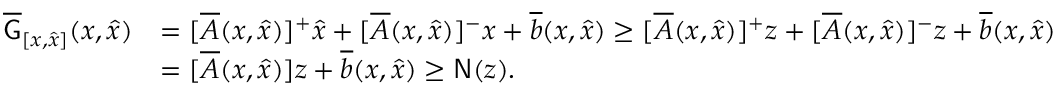
\begin{array} { r l } { \overline { { \mathsf { G } } } _ { [ x , \widehat { x } ] } ( x , \widehat { x } ) } & { = [ \overline { { A } } ( x , \widehat { x } ) ] ^ { + } \widehat { x } + [ \overline { { A } } ( x , \widehat { x } ) ] ^ { - } x + \overline { { b } } ( x , \widehat { x } ) \ge [ \overline { { A } } ( x , \widehat { x } ) ] ^ { + } z + [ \overline { { A } } ( x , \widehat { x } ) ] ^ { - } z + \overline { { b } } ( x , \widehat { x } ) } \\ & { = [ \overline { { A } } ( x , \widehat { x } ) ] z + \overline { { b } } ( x , \widehat { x } ) \ge \mathsf { N } ( z ) . } \end{array}